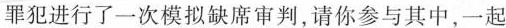
罪犯进行了一次模拟缺席审判，请你参与其中，一起